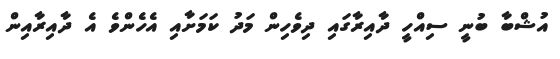
އުޝްބާ ބުނީ ސިއްހީ ދާއިރާގައި ދިވެހިން މަދު ކަމަށާއި އެހެންވެ އެ ދާއިރާއިން